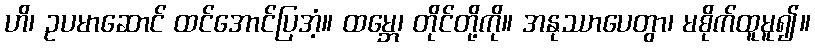
ဟိ၊ ဥပမာဆောင် ထင်အောင်ပြအံ့။ ထမ္ဘေ၊ တိုင်တို့ကို။ အနုဿာပေတွာ၊ မစိုက်ထူမူ၍။